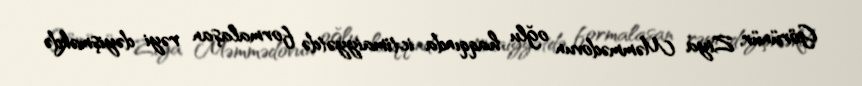
Görünür, Ziya Məmmədovun oğlu haqqında ictimaiyyətdə formalaşan rəyi dəyişməkdə